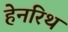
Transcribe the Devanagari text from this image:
हेनरिथ